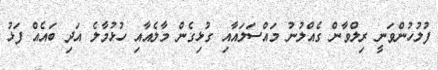
ފުލުހުންވަނީ ރިލްވާން ގެއްލުނު މައްސަލައާއި ގުޅިގެން މާލެއާއި ހުޅުމާލެ އަދި ބައެއް ފަޅު